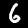
Digit: 6